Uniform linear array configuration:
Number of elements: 64
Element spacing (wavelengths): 1
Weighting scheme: uniform
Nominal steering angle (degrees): -30
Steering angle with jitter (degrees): -30.218
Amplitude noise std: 0.05
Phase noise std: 0.05

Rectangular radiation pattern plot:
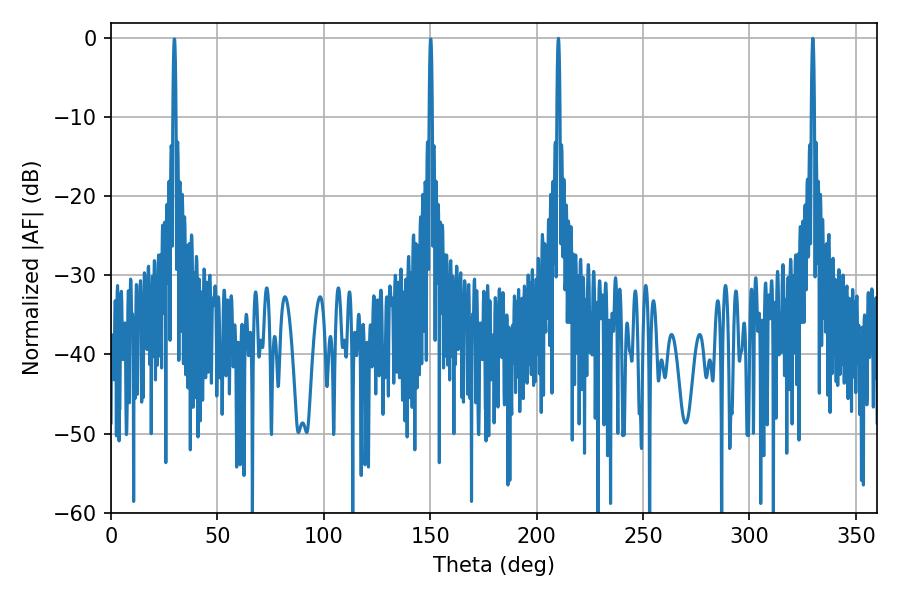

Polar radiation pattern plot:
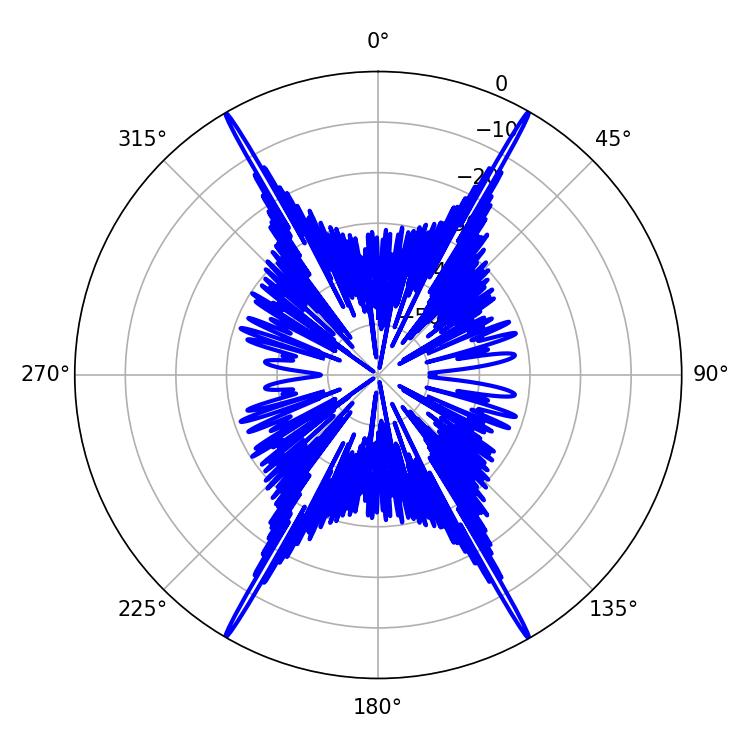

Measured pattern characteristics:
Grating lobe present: TRUE
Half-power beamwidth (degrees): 0.72
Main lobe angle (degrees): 210.24